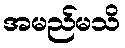
အမည်မသိ